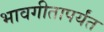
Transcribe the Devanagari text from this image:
भावगीतापर्यंत